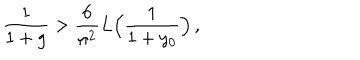
\frac { 1 } { 1 + g } > \frac { 6 } { \pi ^ { 2 } } L \Bigl ( \frac { 1 } { 1 + y _ { 0 } } \Bigr ) \, ,